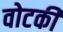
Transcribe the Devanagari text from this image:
वोटकी